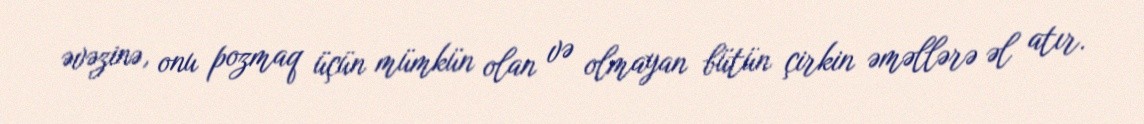
əvəzinə, onu pozmaq üçün mümkün olan və olmayan bütün çirkin əməllərə əl atır.